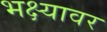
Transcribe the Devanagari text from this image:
भक्ष्यावर